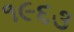
૧૯૬૩